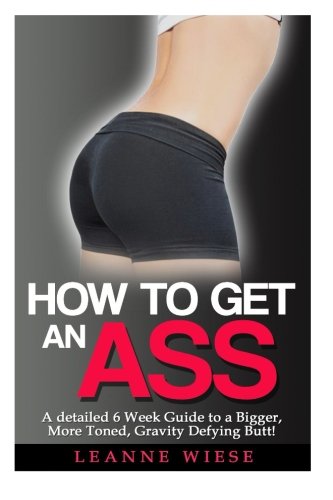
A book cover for How to Get an Ass: A Detailed 6 Week Guide to a Bigger, More Toned, Gravity Defying Butt! (How to Get an Amazing Butt, How to Get a Bigger Butt) (Volume 1); Leanne Wiese; Health, Fitness & Dieting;